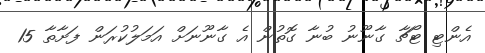
އެންޓި ޓޯޗާ ގާނޫނު ބުނާ ގޮތުން އެ ގާނޫނަށް އަމަލުކުރަން ފަށާތާ 15